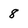
Character: 8